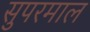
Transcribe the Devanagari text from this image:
सुपरमाल